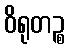
ဝိရုတဉ္စ